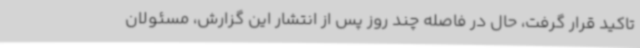
تاکید قرار گرفت، حال در فاصله چند روز پس از انتشار این گزارش، مسئولان